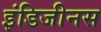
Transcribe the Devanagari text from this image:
इंडिजीनस